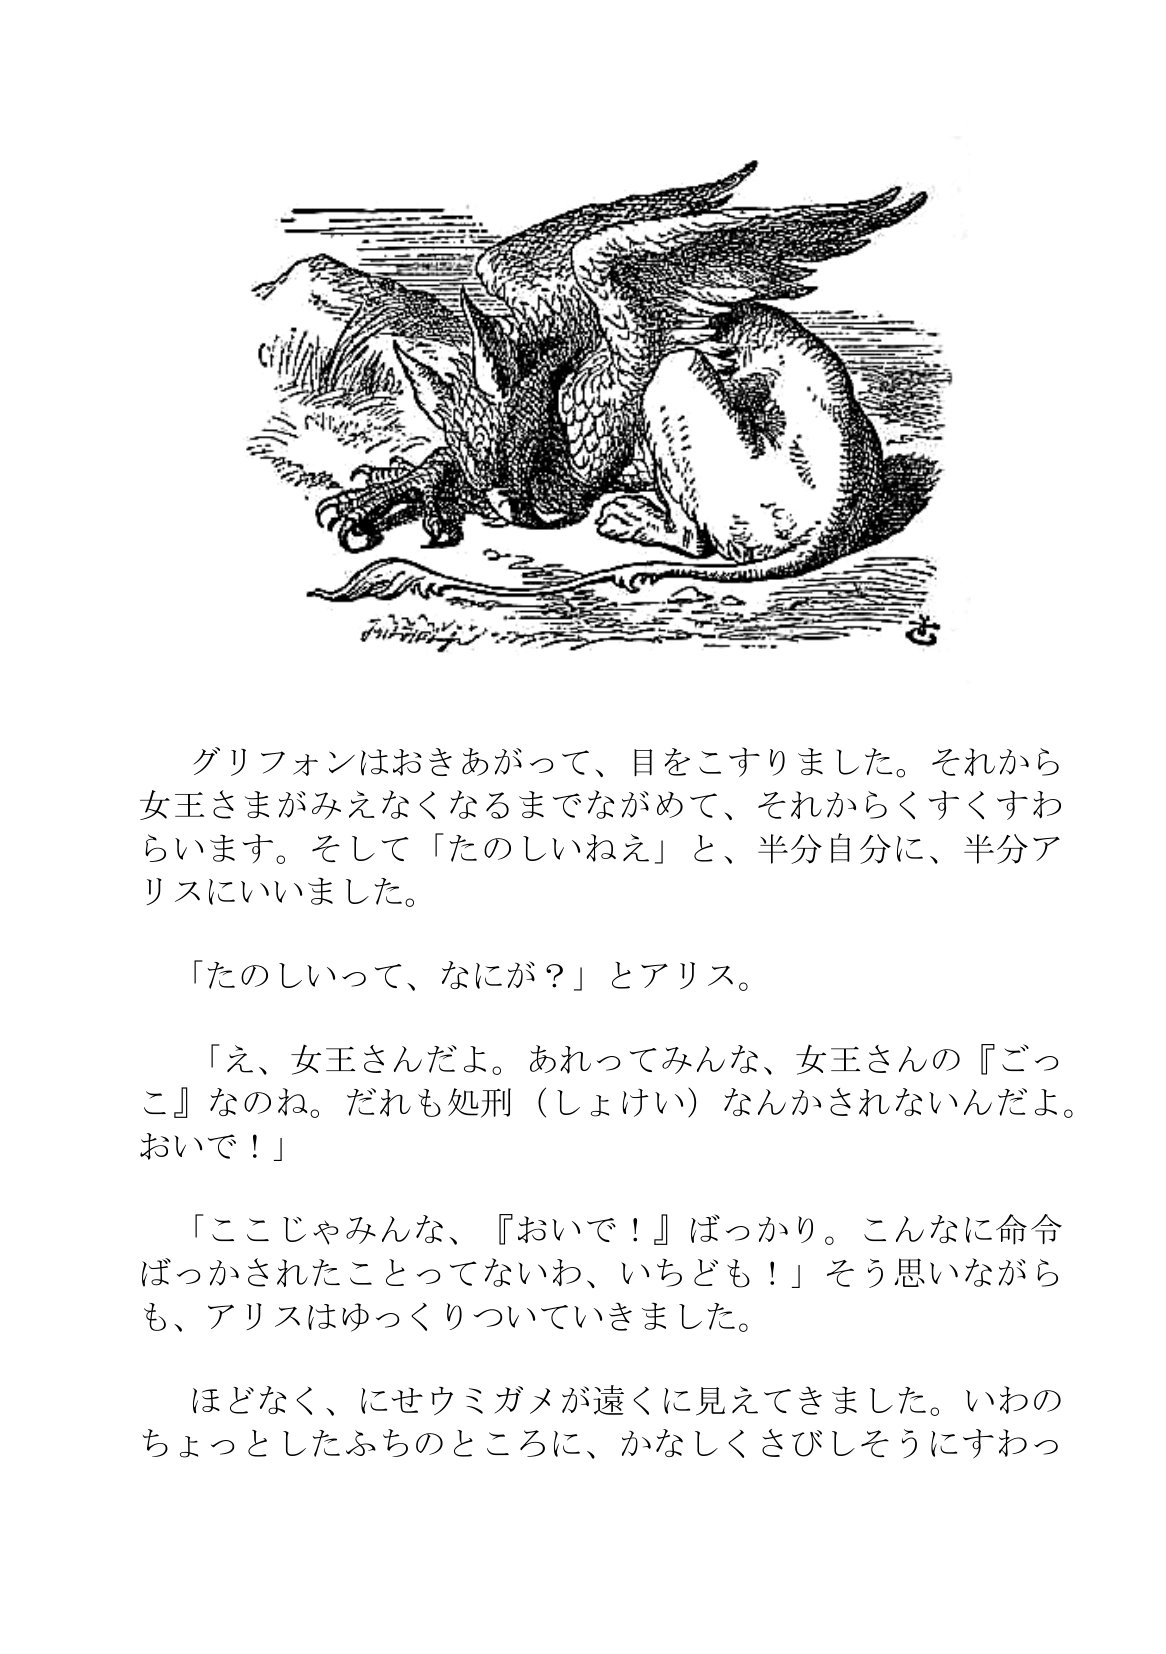
Language: ja